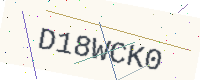
Text: D18WCK0